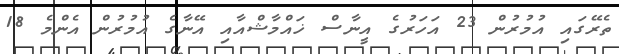
ތެރޭގައި އުމުރުން 23 އަހަރުގެ އީނާސް ޚައްމާޝްއާއި އޭނާގެ އުމުރުން އެންމެ 18